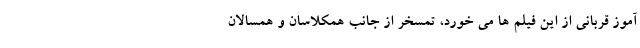
آموزِ قربانی‌ از این فیلم ها می خورد، تمسخر از جانب همکلاسان و همسالان